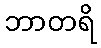
ဘာတရိ